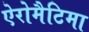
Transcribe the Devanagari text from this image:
ऐरोमैटिमा